Annual administration report of the Civil Veterinary Department of India - 1892-1893
Year: 1892
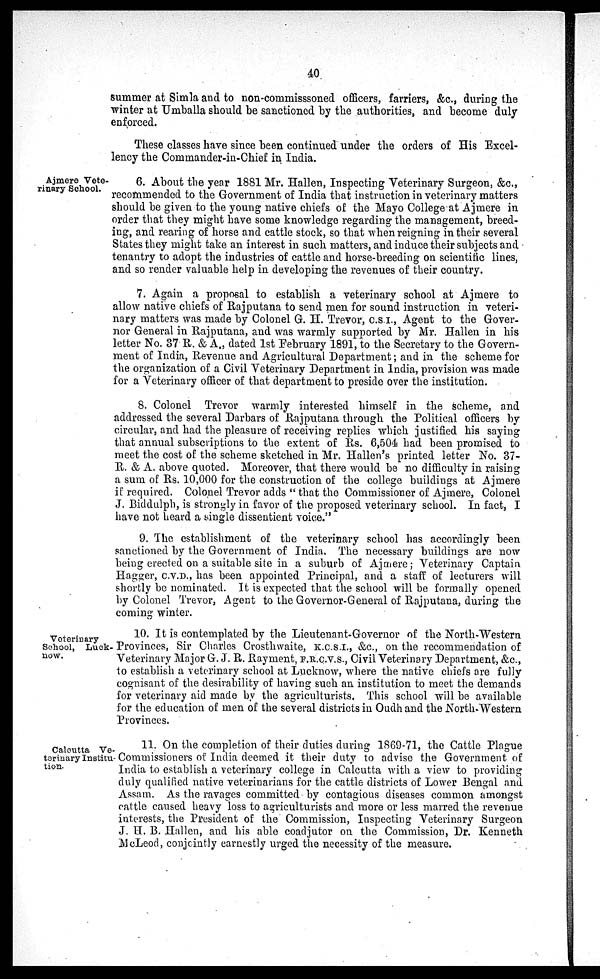
40
summer at Simla and to non-commisssoned officers, farriers, &c., during the
winter at Umballa should be sanctioned by the authorities, and become duly-
enforced.
These classes have since been continued under the orders of His Excel-
lency the Commander-in-Chief in India.
Ajmere Vete-
rinary School.
6. About the year 1881 Mr. Hallen, Inspecting Veterinary Surgeon, &c.,
recommended to the Government of India that instruction in veterinary matters
should be given to the young native chiefs of the Mayo College at Ajmere in
order that they might have some knowledge regarding the management, breed-
ing, and rearing of horse and cattle stock, so that when reigning in their several
States they might take an interest in such matters, and induce their subjects and
tenantry to adopt the industries of cattle and horse-breeding on scientific lines,
and so render valuable help in developing the revenues of their country.
7. Again a proposal to establish a veterinary school at Ajmere to
allow native chiefs of Rajputana to send men for sound instruction in veteri-
nary matters was made by Colonel G. H. Trevor, C.S.I., Agent to the Gover-
nor General in Rajputana, and was warmly supported by Mr. Hallen in his
letter No. 37 R. & A., dated 1st February 1891, to the Secretary to the Govern-
ment of India, Revenue and Agricultural Department; and in the scheme for
the organization of a Civil Veterinary Department in India, provision was made
for a Veterinary officer of that department to preside over the institution.
8. Colonel Trevor warmly interested himself in the scheme, and
addressed the several Darbars of Rajputana through the Political officers by
circular, and had the pleasure of receiving replies which justified his saying
that annual subscriptions to the extent of Rs. 6,504 had been promised to
meet the cost of the scheme sketched in Mr. Hallen's printed letter No. 37-
R. & A. above quoted. Moreover, that there would be no difficulty in raising
a sum of Rs. 10,000 for the construction of the college buildings at Ajmere
if required. Colonel Trevor adds " that the Commissioner of Ajmere, Colonel
J. Biddulph, is strongly in favor of the proposed veterinary school. In fact, I
have not heard a single dissentient voice."
9. The establishment of the veterinary school has accordingly been
sanctioned by the Government of India. The necessary buildings are now
being erected on a suitable site in a suburb of Ajmere; Veterinary Captain
Hagger, C.V.D., has been appointed Principal, and a staff of lecturers will
shortly be nominated. It is expected that the school will be formally opened
by Colonel Trevor, Agent to the Governor-General of Rajputana, during the
coming winter.
Veterinary
School, Luck-
now.
10. It is contemplated by the Lieutenant-Governor of the North-Western
Provinces, Sir Charles Crosthwaite, K.C.S.I, &c., on the recommendation of
Veterinary Major G. J. R. Rayment, F.R.C.V.S., Civil Veterinary Department, &c.,
to establish a veterinary school at Lucknow, where the native chiefs are fully
cognisant of the desirability of having such an institution to meet the demands
for veterinary aid made by the agriculturists. This school will be available
for the education of men of the several districts in Oudh and the North-Western
Provinces.
Calcutta Ve-
terinary Institu-
tion.
11. On the completion of their duties during 1869-71, the Cattle Plague
Commissioners of India deemed it their duty to advise the Government of
India to establish a veterinary college in Calcutta with a view to providing
duly qualified native veterinarians for the cattle districts of Lower Bengal and
Assam. As the ravages committed by contagious diseases common amongst
cattle caused heavy loss to agriculturists and more or less marred the revenue
interests, the President of the Commission, Inspecting Veterinary Surgeon
J. H. B. Hallen, and his able coadjutor on the Commission, Dr. Kenneth
McLeod, conjointly earnestly urged the necessity of the measure.